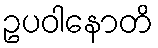
ဥပဝါနောတိ